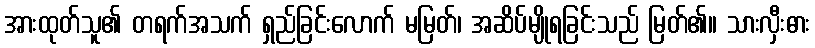
အားထုတ်သူ၏ တရက်အသက် ရှည်ခြင်းလောက် မမြတ်၊ အဆိပ်မျိုရခြင်းသည် မြတ်၏။ သားလှီးဓား